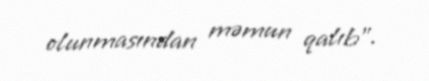
olunmasından məmun qalıb".